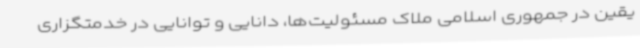
یقین در جمهوری اسلامی ملاک مسئولیت‌ها، دانایی و توانایی در خدمتگزاری